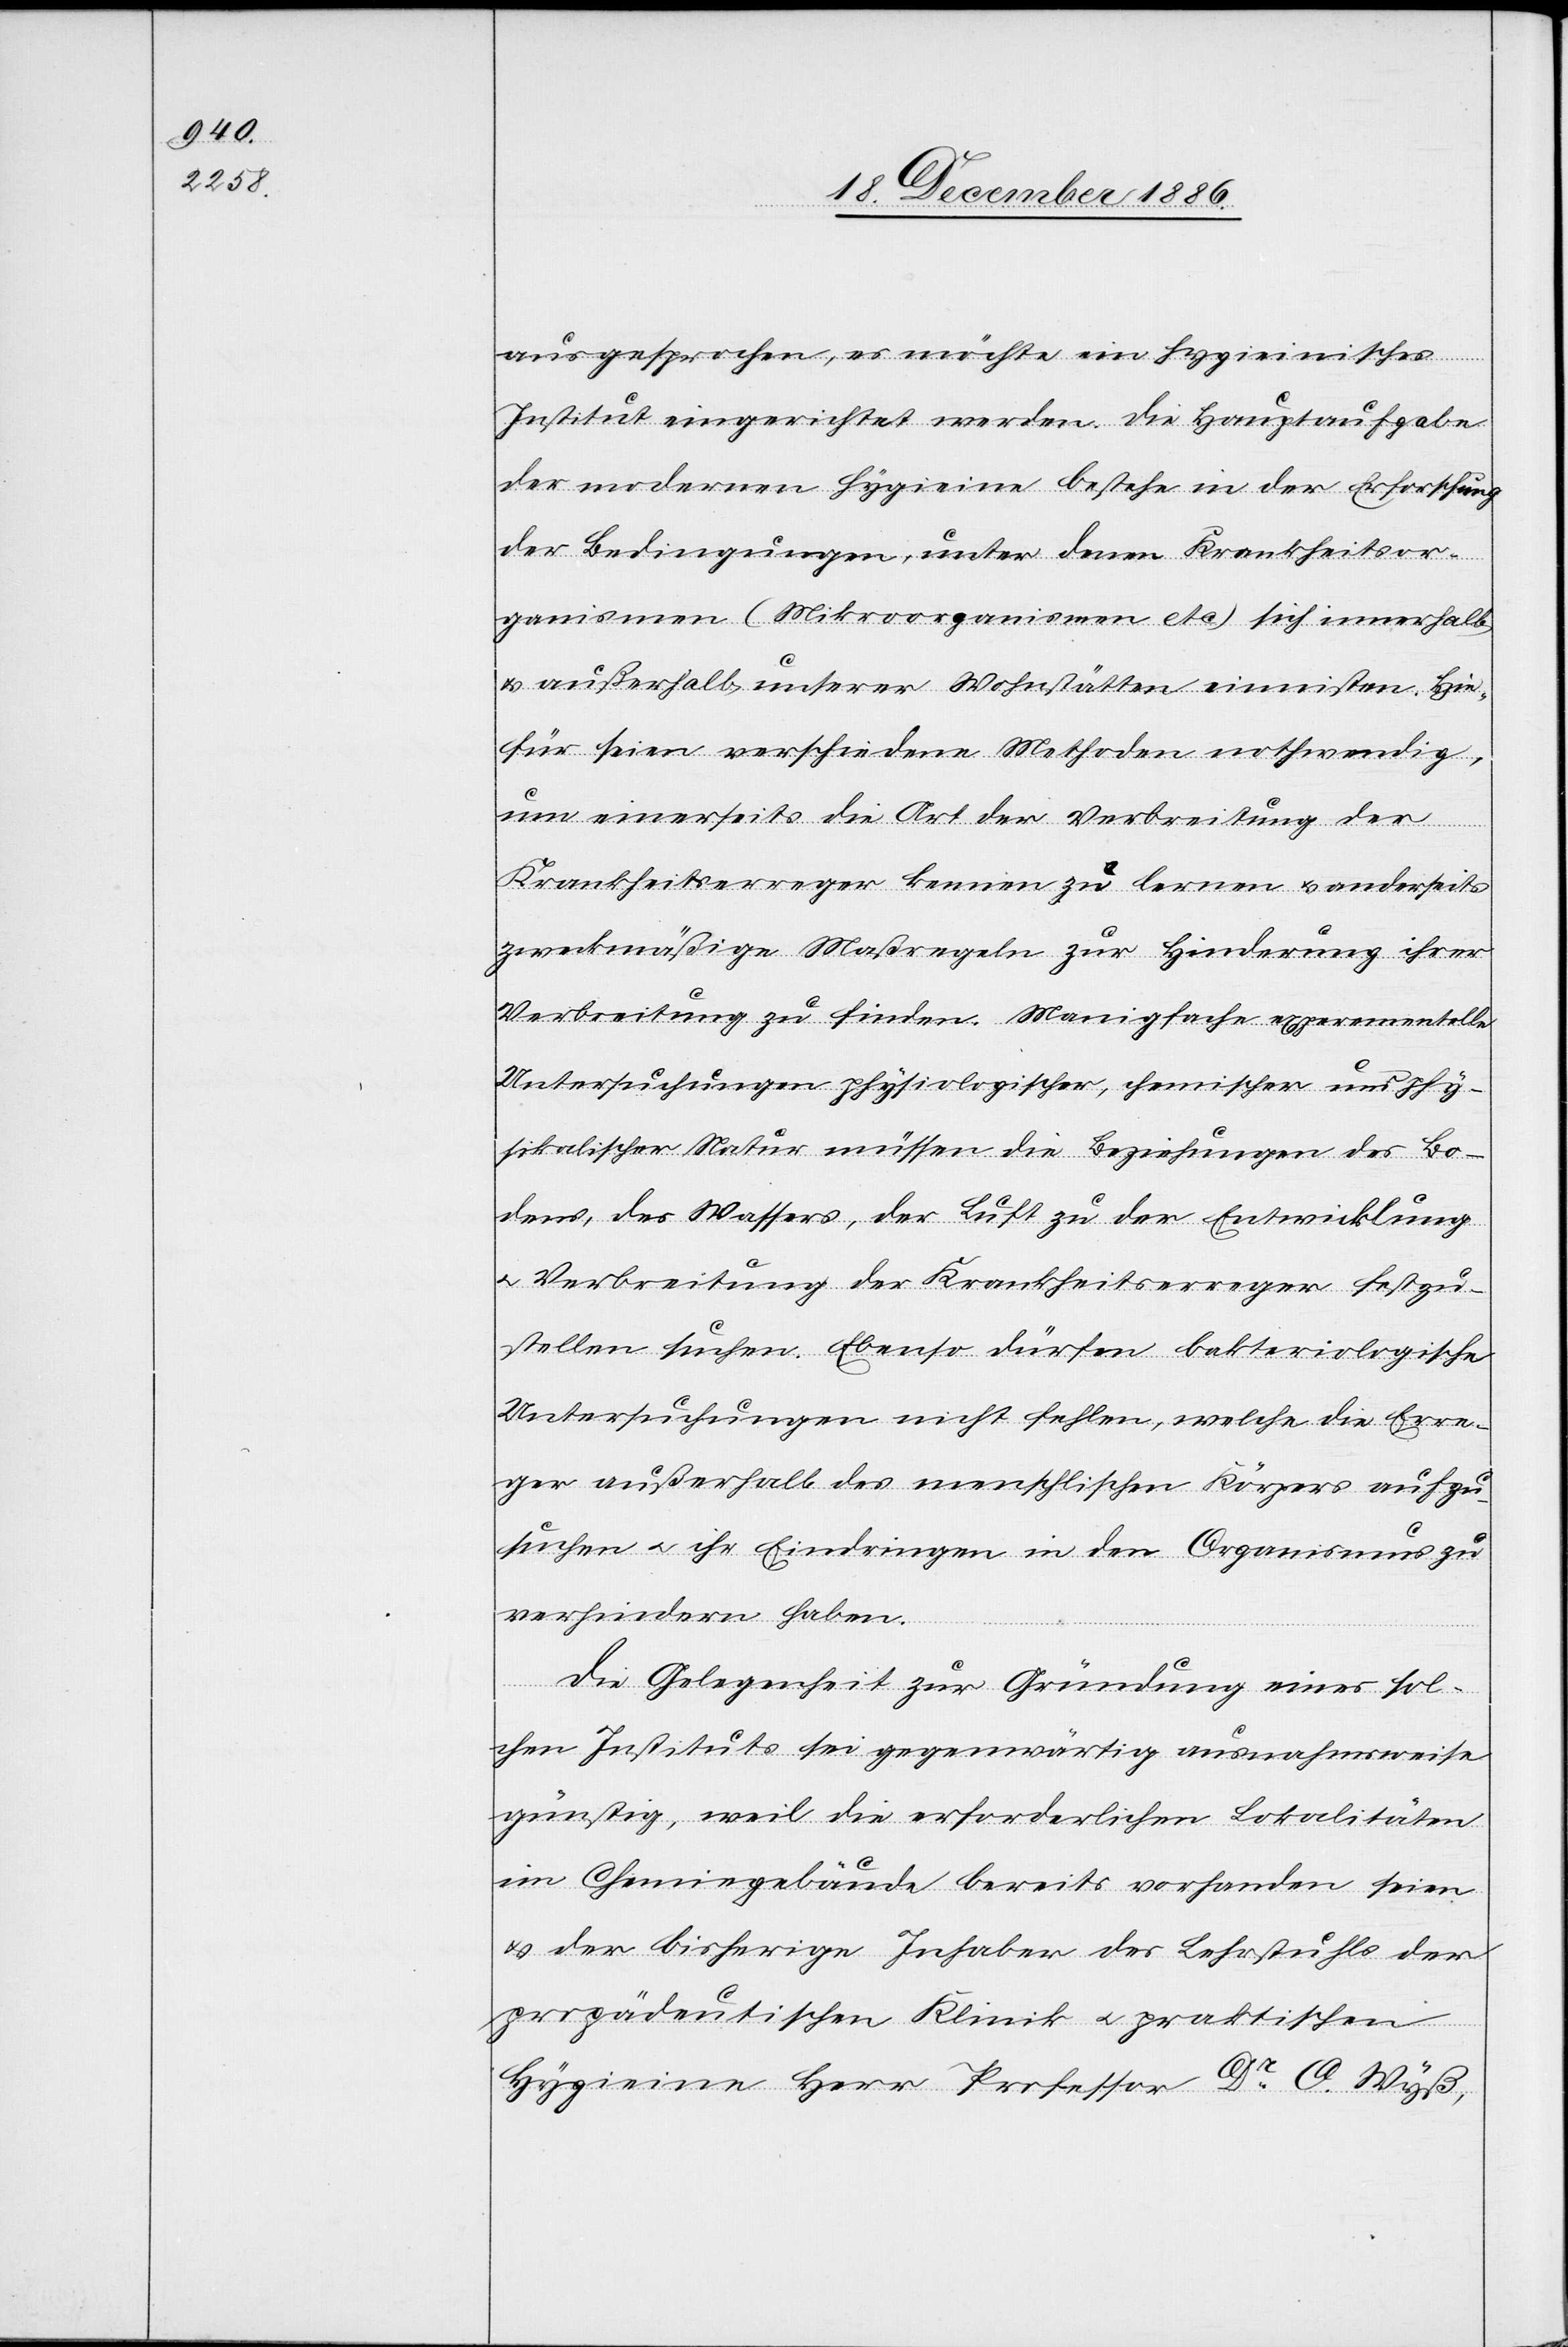
ausgesprochen, es möchte ein hygieinisches
Institut eingerichtet werden. Die Hauptaufgabe
der modernen Hygieine bestehe in der Erforschung
der Bedingungen, unter denen Krankheitsor¬
ganismen (Mikroorganismen etc.) sich innerhalb
& außerhalb unserer Wohnstätten einnisten. Hie¬
für seien verschiedene Methoden nothwendig,
um einerseits die Art der Verbreitung der
Krankheitserreger kennen zu lernen & anderseits
zweckmäßige Maßregeln zur Hinderung ihrer
Verbreitung zu finden. Manigfache experementelle
Untersuchungen physiologischer, chemischer und phy¬
sikalischer Natur müssen die Beziehungen des Bo¬
dens, des Wassers, der Luft zu der Entwicklung
& Verbreitung der Krankheitserreger festzu¬
stellen suchen. Ebenso dürfen bakteriologische
Untersuchungen nicht fehlen, welche die Erre¬
ger außerhalb des menschlichen Körpers aufzu¬
suchen & ihr Eindringen in den Organismus zu
verhindern haben.
Die Gelegenheit zur Gründung eines sol¬
chen Instituts sei gegenwärtig ausnahmsweise
günstig, weil die erforderlichen Lokalitäten
im Chemiegebäude bereits vorhanden seien
& der bisherige Inhaber des Lehrstuhls der
propädeutischen Klinik & praktischen
Hygieine Herr Professor Dr O. Wyß,